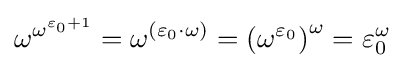
\omega ^{\omega ^{\varepsilon _{0}+1}}=\omega ^{(\varepsilon _{0}\cdot \omega )}={(\omega ^{\varepsilon _{0}})}^{\omega }=\varepsilon _{0}^{\omega }